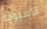
الآسيوية